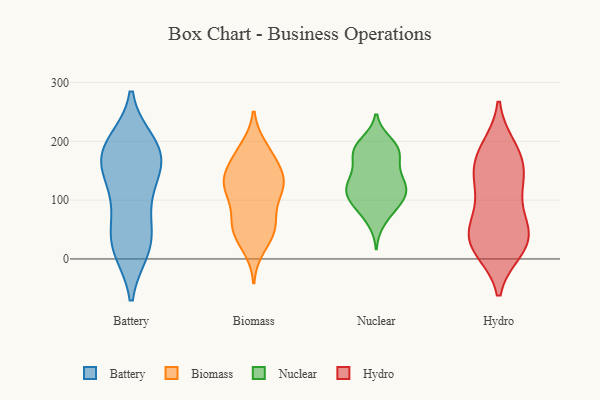
{"axis": {"x": "Bounce Rate (%)", "y": "Value"}, "legend": ["Battery", "Biomass", "Hydro", "Nuclear"], "data": [{"x": "", "y": 104, "type": "Battery"}, {"x": "", "y": 171, "type": "Battery"}, {"x": "", "y": 17, "type": "Battery"}, {"x": "", "y": 125, "type": "Battery"}, {"x": "", "y": 170, "type": "Battery"}, {"x": "", "y": 19, "type": "Battery"}, {"x": "", "y": 37, "type": "Battery"}, {"x": "", "y": 189, "type": "Battery"}, {"x": "", "y": 197, "type": "Battery"}, {"x": "", "y": 173, "type": "Battery"}, {"x": "", "y": 146, "type": "Battery"}, {"x": "", "y": 24, "type": "Battery"}, {"x": "", "y": 189, "type": "Battery"}, {"x": "", "y": 68, "type": "Battery"}, {"x": "", "y": 120, "type": "Biomass"}, {"x": "", "y": 128, "type": "Biomass"}, {"x": "", "y": 125, "type": "Biomass"}, {"x": "", "y": 52, "type": "Biomass"}, {"x": "", "y": 182, "type": "Biomass"}, {"x": "", "y": 103, "type": "Biomass"}, {"x": "", "y": 188, "type": "Biomass"}, {"x": "", "y": 127, "type": "Biomass"}, {"x": "", "y": 171, "type": "Biomass"}, {"x": "", "y": 21, "type": "Biomass"}, {"x": "", "y": 72, "type": "Biomass"}, {"x": "", "y": 140, "type": "Biomass"}, {"x": "", "y": 157, "type": "Biomass"}, {"x": "", "y": 46, "type": "Biomass"}, {"x": "", "y": 50, "type": "Biomass"}, {"x": "", "y": 127, "type": "Biomass"}, {"x": "", "y": 55, "type": "Biomass"}, {"x": "", "y": 189, "type": "Nuclear"}, {"x": "", "y": 191, "type": "Nuclear"}, {"x": "", "y": 101, "type": "Nuclear"}, {"x": "", "y": 132, "type": "Nuclear"}, {"x": "", "y": 198, "type": "Nuclear"}, {"x": "", "y": 173, "type": "Nuclear"}, {"x": "", "y": 147, "type": "Nuclear"}, {"x": "", "y": 136, "type": "Nuclear"}, {"x": "", "y": 83, "type": "Nuclear"}, {"x": "", "y": 106, "type": "Nuclear"}, {"x": "", "y": 86, "type": "Nuclear"}, {"x": "", "y": 106, "type": "Nuclear"}, {"x": "", "y": 189, "type": "Nuclear"}, {"x": "", "y": 113, "type": "Nuclear"}, {"x": "", "y": 121, "type": "Nuclear"}, {"x": "", "y": 116, "type": "Nuclear"}, {"x": "", "y": 132, "type": "Nuclear"}, {"x": "", "y": 177, "type": "Nuclear"}, {"x": "", "y": 172, "type": "Nuclear"}, {"x": "", "y": 64, "type": "Nuclear"}, {"x": "", "y": 43, "type": "Hydro"}, {"x": "", "y": 140, "type": "Hydro"}, {"x": "", "y": 70, "type": "Hydro"}, {"x": "", "y": 15, "type": "Hydro"}, {"x": "", "y": 122, "type": "Hydro"}, {"x": "", "y": 145, "type": "Hydro"}, {"x": "", "y": 46, "type": "Hydro"}, {"x": "", "y": 20, "type": "Hydro"}, {"x": "", "y": 180, "type": "Hydro"}, {"x": "", "y": 190, "type": "Hydro"}, {"x": "", "y": 157, "type": "Hydro"}, {"x": "", "y": 185, "type": "Hydro"}, {"x": "", "y": 122, "type": "Hydro"}, {"x": "", "y": 71, "type": "Hydro"}, {"x": "", "y": 23, "type": "Hydro"}, {"x": "", "y": 45, "type": "Hydro"}, {"x": "", "y": 17, "type": "Hydro"}]}